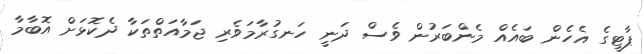
ޕާޓީގެ އެހެން ބައެއް މެންބަރުން ވެސް ދަނީ ހަނގުރާމަވެރި ޖަމާއަތްތަކާ ދެކޮޅަށް އޮބާމާ